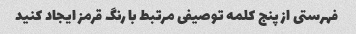
فهرستی از پنج کلمه توصیفی مرتبط با رنگ قرمز ایجاد کنید